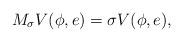
LaTeX: \begin{align*}M_\sigma V(\phi, e) = \sigma V(\phi, e),\end{align*}